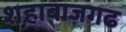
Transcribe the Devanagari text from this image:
शहाबाजगढ